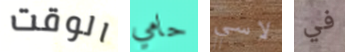
الوقت حامي لاسي في